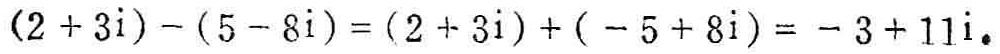
\((2 + 3i) - (5 - 8i) = (2 + 3i) + (- 5 + 8i)= - 3 + 11i\)